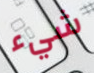
شيء